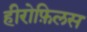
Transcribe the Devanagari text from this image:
हीरोफ़िलस